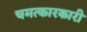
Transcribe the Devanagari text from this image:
चमत्कारकारी